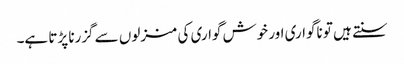
سنتے ہیں تو ناگواری اور خوش گواری کی منزلوں سے گزرنا پڑتا ہے۔